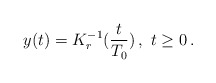
\begin{align*}y(t)=K_r^{-1}(\frac{t}{T_0}) \,, \ t \ge 0 \,.\end{align*}